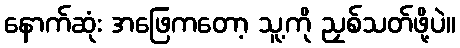
နောက်ဆုံး အဖြေကတော့ သူ့ကို ညှစ်သတ်ဖို့ပဲ။